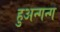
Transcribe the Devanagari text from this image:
हुअन्गन्ग